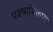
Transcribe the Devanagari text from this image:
पक्ष्मभिकामय